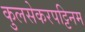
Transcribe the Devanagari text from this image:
कुलसेकरपट्टिनम